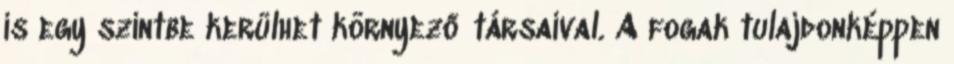
is egy szintbe kerülhet környező társaival. A fogak tulajdonképpen